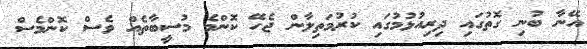
އޭނާ ބުނި ގޮތުގައި ދިރިއުޅުމުގައި ކުރުމަތިލާން ޖެހޭ ކޮންމެ މުސީބާތެއް ވެސް ކޮންމެސް